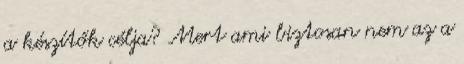
a készítők célja? Mert ami biztosan nem az a